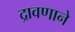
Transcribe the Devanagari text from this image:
द्रावणाने